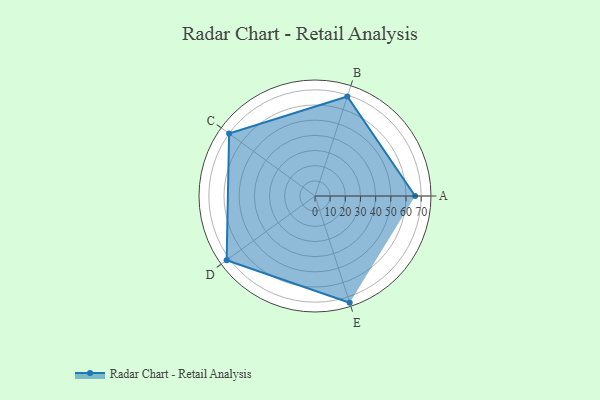
{"axis": {"x": "Skill", "y": "Score"}, "legend": ["Profile"], "data": [{"x": "A", "y": 66.0, "type": "Profile"}, {"x": "B", "y": 69.0, "type": "Profile"}, {"x": "C", "y": 70.0, "type": "Profile"}, {"x": "D", "y": 72.0, "type": "Profile"}, {"x": "E", "y": 74.0, "type": "Profile"}]}